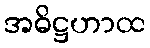
အဓိဋ္ဌဟာထ